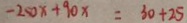
- 2 5 0 x + 9 0 x = 3 0 + 2 5